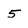
Character: 5